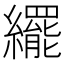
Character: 𬘊